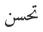
تحسن